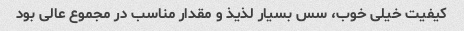
کیفیت خیلی خوب، سس بسیار لذیذ و مقدار مناسب در مجموع عالی بود